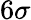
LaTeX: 6\sigma